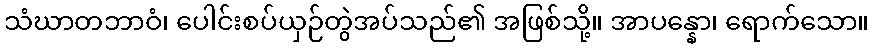
သံဃာတဘာဝံ၊ ပေါင်းစပ်ယှဉ်တွဲအပ်သည်၏ အဖြစ်သို့။ အာပန္နော၊ ရောက်သော။